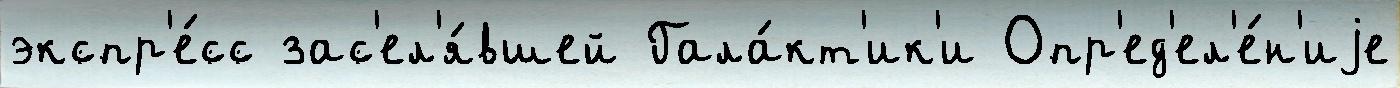
экспр'е́сс зас'ел'я́вшей Гала́кт'ик'и Опр'ед'ел'е́н'иjе